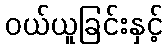
ဝယ်ယူခြင်းနှင့်